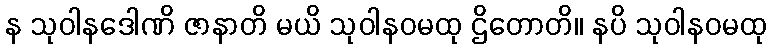
န သုဝါနဒေါဏိ ဇာနာတိ မယိ သုဝါနဝမထု ဌိတောတိ။ နပိ သုဝါနဝမထု